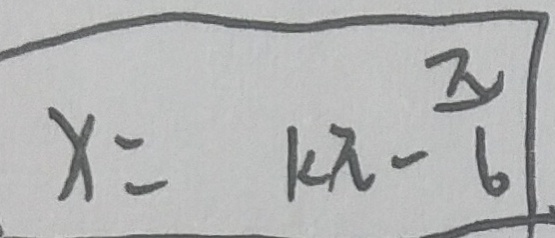
x = k \pi - \frac { \pi } { 6 }